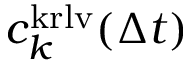
c _ { k } ^ { \mathrm { k r l v } } ( \Delta t )